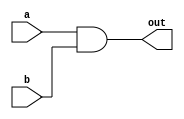
module ckt3(a,b,out);
  input a,b;
  output out;
  
  and g1(out, a, b);
endmodule


module ckt3_tb;
  reg x,y;
  wire o;
  
  ckt3 a1(.a(x),.b(y),.out(o));
  initial
  begin
    x=0; y=0;
    #20 x=1; y=1;
    #10 x=0; y=1;
    #30 x=1; y=0;
    #20 $stop;
    $finish;
  end
endmodule